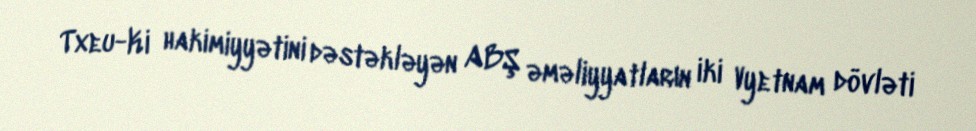
Txeu-Ki hakimiyyətini dəstəkləyən ABŞ əməliyyatların iki Vyetnam dövləti